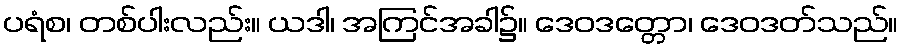
ပရံစ၊ တစ်ပါးလည်း။ ယဒါ၊ အကြင်အခါ၌။ ဒေဝဒတ္တော၊ ဒေဝဒတ်သည်။